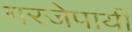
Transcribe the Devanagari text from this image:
गरजेपायी